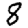
Digit: 8